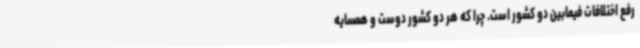
رفع اختلافات فیمابین دو کشور است. چرا که هر دو کشور دوست و همسایه